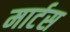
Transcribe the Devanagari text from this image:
मार्टस